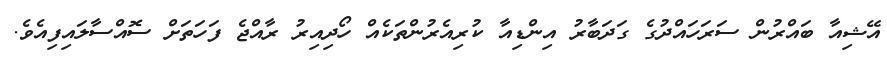
އޭޝިއާ ބައްރުން ސަރަހައްދުގެ ގަދަބާރު އިންޑިއާ ކުރިއެރުންތަކެއް ހޯދިއިރު ރާއްޖެ ފަހަތަށް ސޮއްސާލައިފިއެވެ.